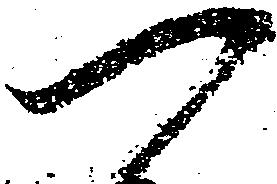
つ